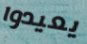
يعيدوا